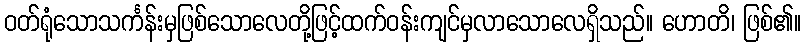
ဝတ်ရုံသောသင်္ကန်းမှဖြစ်သောလေတို့ဖြင့်ထက်ဝန်းကျင်မှလာသောလေရှိသည်။ ဟောတိ၊ ဖြစ်၏။